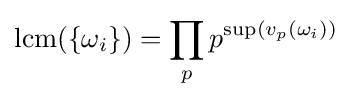
\displaystyle \operatorname {lcm} (\{\omega _{i}\})\displaystyle =\prod _{p}p^{\sup(v_{p}(\omega _{i}))}